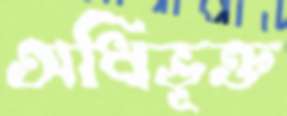
অধিভূক্ত